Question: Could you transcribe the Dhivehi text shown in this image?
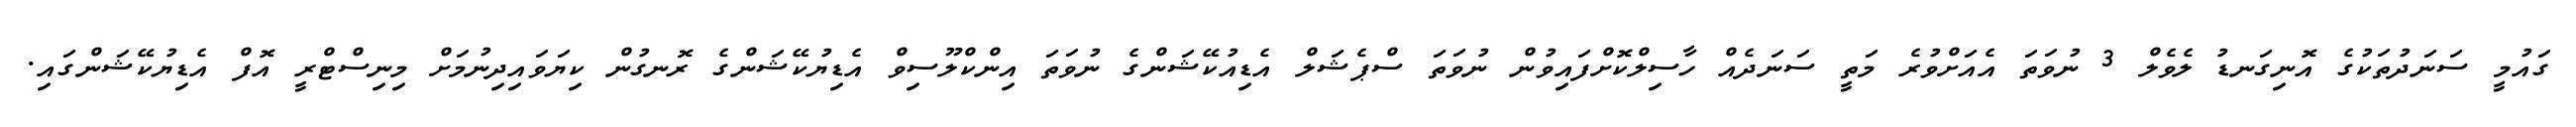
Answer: ގައުމީ ސަނަދުތަކުގެ އޮނިގަނޑު ލެވެލް 3 ނުވަތަ އެއަށްވުރެ މަތީ ސަނަދެއް ހާސިލްކޮށްފައިވުން ނުވަތަ ސްޕެޝަލް އެޑިއުކޭޝަންގެ ނުވަތަ އިންކްލޫސިވް އެޑިޔުކޭޝަންގެ ރޮނގުން ކިޔަވައިދިނުމަށް މިނިސްޓްރީ އޮފް އެޑިޔުކޭޝަންގައި.